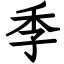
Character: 季